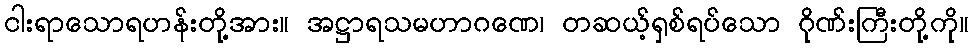
ငါးရာသောရဟန်းတို့အား။ အဋ္ဌာရသမဟာဂဏေ၊ တဆယ့်ရှစ်ရပ်သော ဂိုဏ်းကြီးတို့ကို။